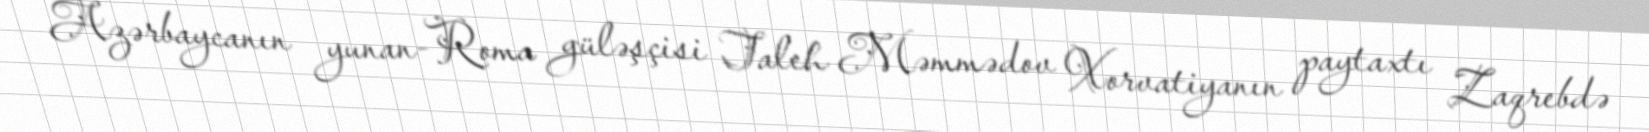
Azərbaycanın yunan-Roma güləşçisi Taleh Məmmədov Xorvatiyanın paytaxtı Zaqrebdə